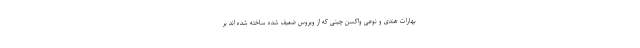
بهارات هندی و نوعی واکسن چینی که از ویروس ضعیف شده ساخته شده اند بر